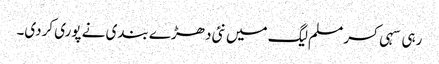
رہی سہی کسر مسلم لیگ میں نئی دھڑے بندی نے پوری کردی۔